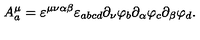
A _ { a } ^ { \mu } = \varepsilon ^ { \mu \nu \alpha \beta } \varepsilon _ { a b c d } \partial _ { \nu } \varphi _ { b } \partial _ { \alpha } \varphi _ { c } \partial _ { \beta } \varphi _ { d } .